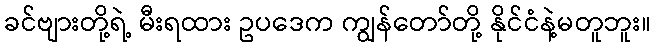
ခင်ဗျားတို့ရဲ့ မီးရထား ဥပဒေက ကျွန်တော်တို့ နိုင်ငံနဲ့မတူဘူး။